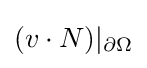
{\textstyle (v\cdot N)|_{\partial \Omega }}